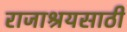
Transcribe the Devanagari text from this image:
राजाश्रयसाठी